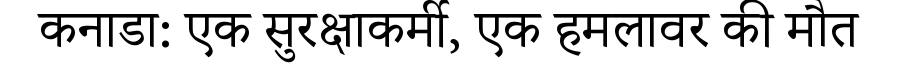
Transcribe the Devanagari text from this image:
कनाडा: एक सुरक्षाकर्मी, एक हमलावर की मौत